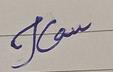
Signature authenticity: forged